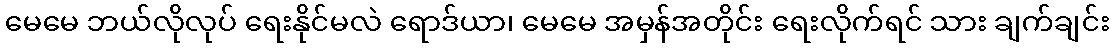
မေမေ ဘယ်လိုလုပ် ရေးနိုင်မလဲ ရောဒ်ယာ၊ မေမေ အမှန်အတိုင်း ရေးလိုက်ရင် သား ချက်ချင်း